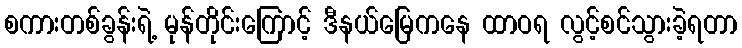
စကားတစ်ခွန်းရဲ့ မုန်တိုင်းကြောင့် ဒီနယ်မြေကနေ ထာဝရ လွင့်စင်သွားခဲ့ရတာ